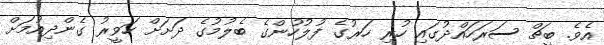
އެވެ. ބީޗް ސަރަހައްދުގައި ހުރި ހަރުގެ ފުލުހުންގެ ބެލުމުގެ ދަށަށް ހަވީރު ގެންދިއުމަށް